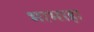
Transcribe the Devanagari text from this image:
भाभाड़ा